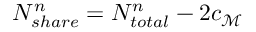
N _ { s h a r e } ^ { n } = N _ { t o t a l } ^ { n } - 2 c _ { \mathcal { M } }